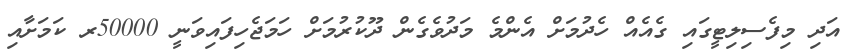
އަދި މިފެސިލިޓީގައި ގެއެއް ހެދުމަށް އެންމެ މަދުވެގެން ދޫކުރުމަށް ހަމަޖެހިފައިވަނީ 50000ރ ކަމަށާއި